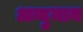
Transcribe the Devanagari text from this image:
अन्दुमान